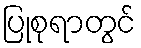
ပြုစုရာတွင်